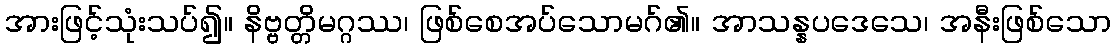
အားဖြင့်သုံးသပ်၍။ နိဗ္ဗတ္တိမဂ္ဂဿ၊ ဖြစ်စေအပ်သောမဂ်၏။ အာသန္နပဒေသေ၊ အနီးဖြစ်သော